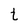
Character: t